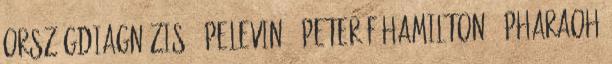
országdiagnózis 9 pelevin 2 peter f hamilton 1 pharaoh